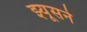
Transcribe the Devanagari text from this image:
झ्यूसने